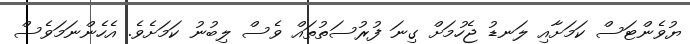
ޔުވެންޓަސް ކަމަށާއި ލަނޑު ޖެހުމަށް ގިނަ ފުރުސަތުތައް ވެސް ލިބުނު ކަމަށެވެ. އެހެންނަމަވެސް